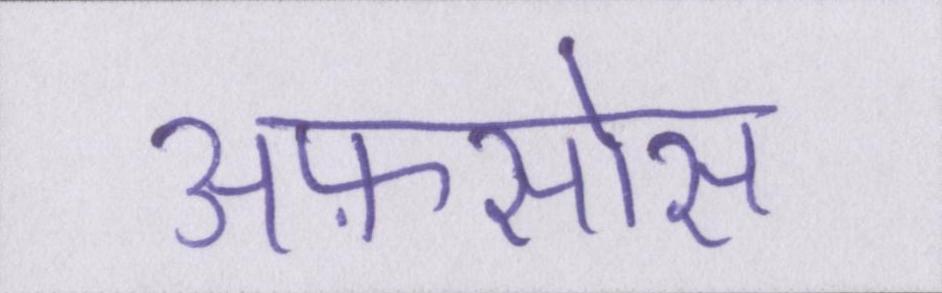
अफ़सोस